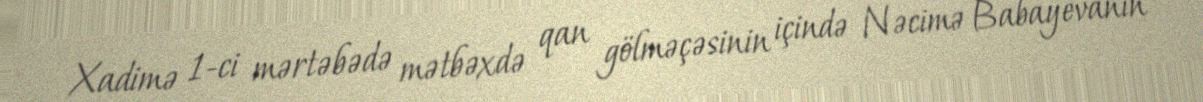
Xadimə 1-ci mərtəbədə mətbəxdə qan gölməçəsinin içində Nəcimə Babayevanın